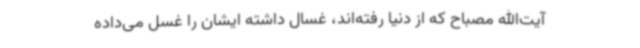
آیت‌الله مصباح که از دنیا رفته‌اند، غسال داشته ایشان را غسل می‌داده